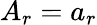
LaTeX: A_{r}=a_{r}